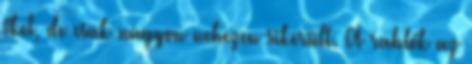
őket, de csak nagyon nehezen sikerült. A rablók az